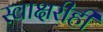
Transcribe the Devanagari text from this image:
स्वाक्षरीही